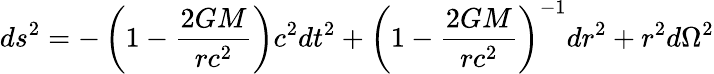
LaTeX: ds^{2}=-\left(1-{\frac{2GM}{rc^{2}}}\right)c^{2}dt^{2}+\left(1-{\frac{2GM}{rc^{2}}}\right)^{-1}dr^{2}+r^{2}d\Omega^{2}